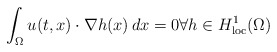
\begin{align*}\int_\Omega u(t,x)\cdot\nabla h(x) \, dx = 0 \forall h\in H^1_{\rm loc}(\Omega) \end{align*}